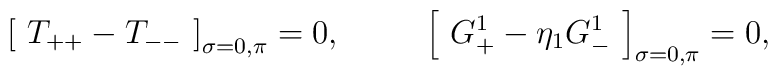
\left[ \,\, T_{++}-T_{--} \,\,  \right]_{\sigma=0,\pi} =0,\,\,\,\,\,\,\,\,\,\,\,\,\,\,\,  \left[ \,\,  G^1_{+}-\eta_1 G^1_{-} \,\, \right]_{\sigma=0,\pi} =0 ,